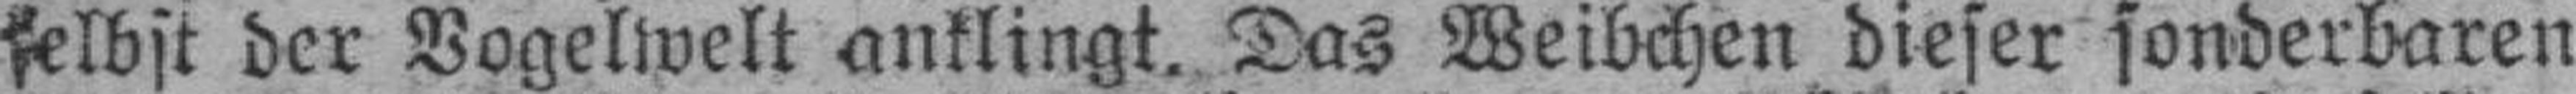
selbst der Vogelwelt anklingt. Das Weibchen dieser sonderbaren